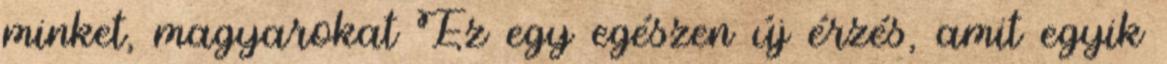
minket, magyarokat Ez egy egészen új érzés, amit egyik